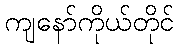
ကျနော်ကိုယ်တိုင်